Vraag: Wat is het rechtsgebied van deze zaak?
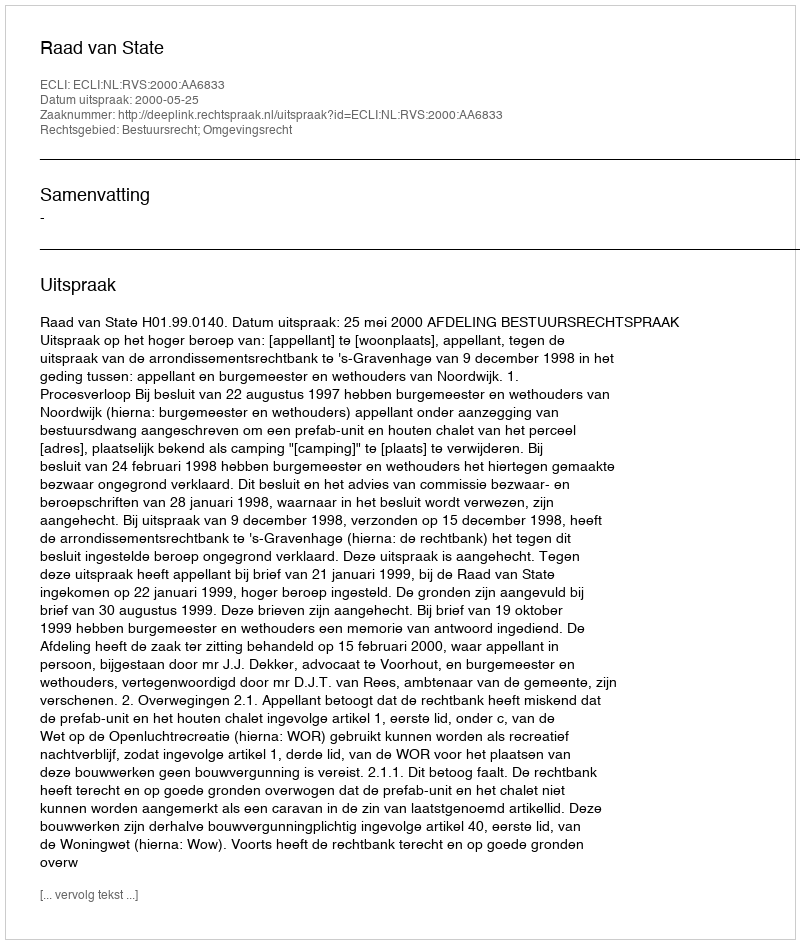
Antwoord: Bestuursrecht; Omgevingsrecht